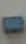
-